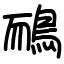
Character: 鴯